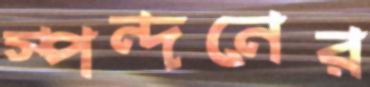
স্পন্দনের